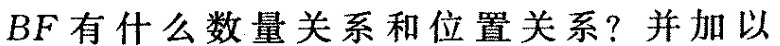
BF有什么数量关系和位置关系?并加以